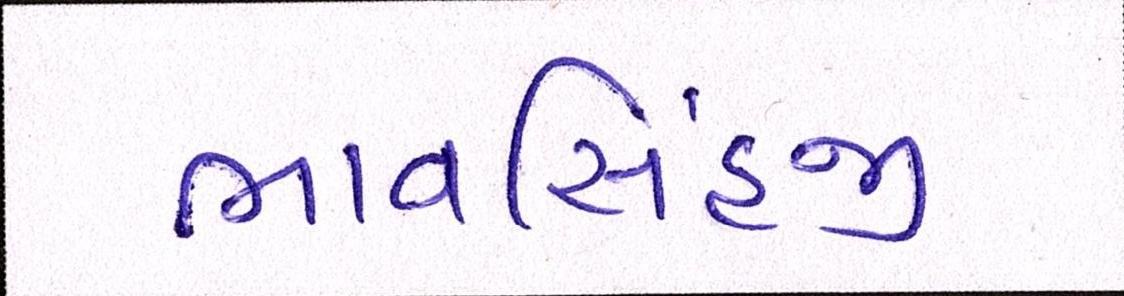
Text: ભાવસિંહજી